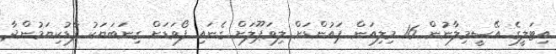
އިޓަލީގެ އޭސީމިލާނުން 16 މިލިއަން ޕައުންޑަށް ލިވަޕޫލަށް ގެނައި ފޯވަޑަށް ގިނަބަޔަކު ފާޑުކިޔަމުންދާ